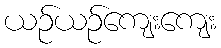
ယဉ်ယဉ်ကျေးကျေး